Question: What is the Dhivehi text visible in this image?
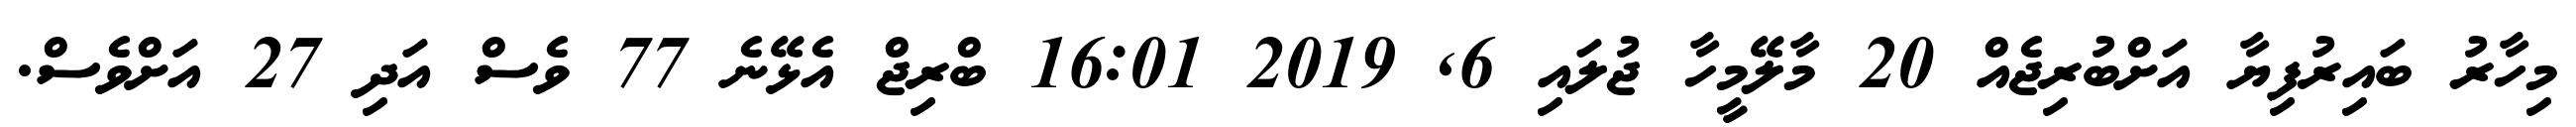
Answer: މިހާރު ބައިރުފިޔާ އަށްބުރިޖެއް 20 މާލޭމީހާ ޖުލައި 6, 2019 16:01 ބްރިޖް އެޅޭނެ 77 ވެސް އަދި 27 އަށްވެސް.